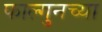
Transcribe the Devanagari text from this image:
फाल्गुनच्या